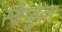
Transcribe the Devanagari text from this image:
स्कैप्युला